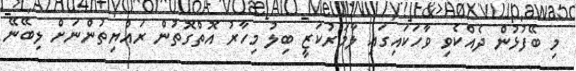
މި ބޭފުޅުން ދެއްކެވި ވާހަކައިގައި ލާމަރުކަޒީ ބިލު މިހާރު އޮތްގޮތުން ރައްޔިތުންނަށް ލިބޭނޭ